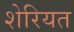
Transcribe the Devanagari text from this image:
शेरियत